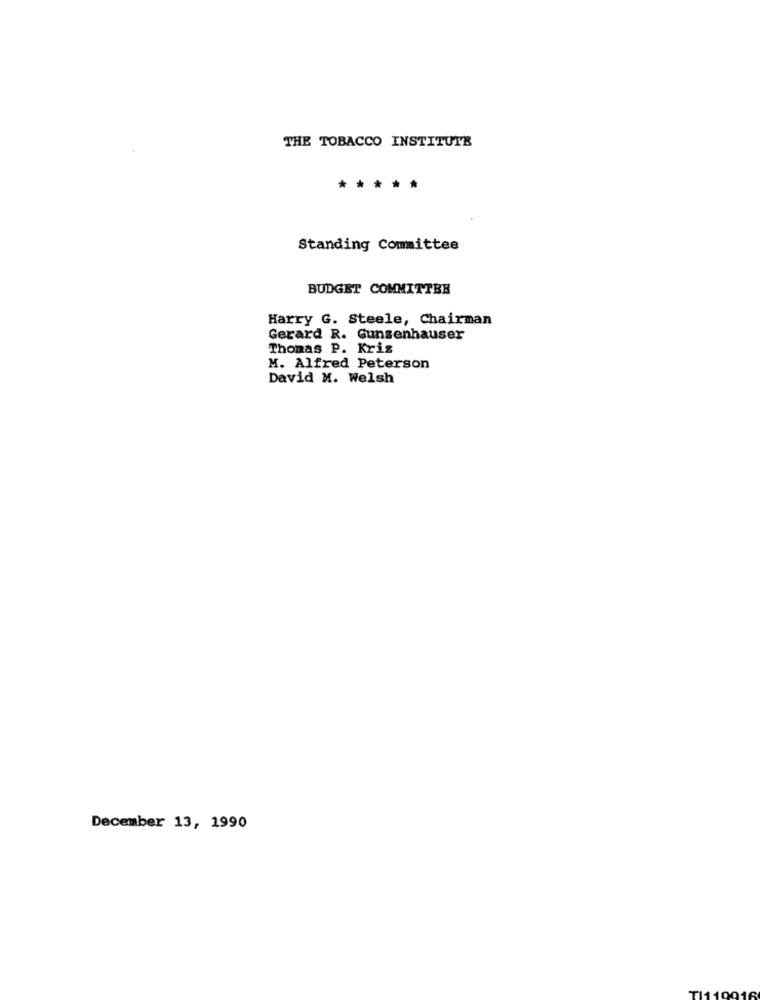
THE TOBACCO INSTITUTE
*****
Standing Committee
BUDGET COMMITTEE
Harry G. Steele, Chairman
Gerard R. Gunsenhauser
Thomas P. Kris
M. Alfred Peterson
David M. Welsh
December 13, 1990